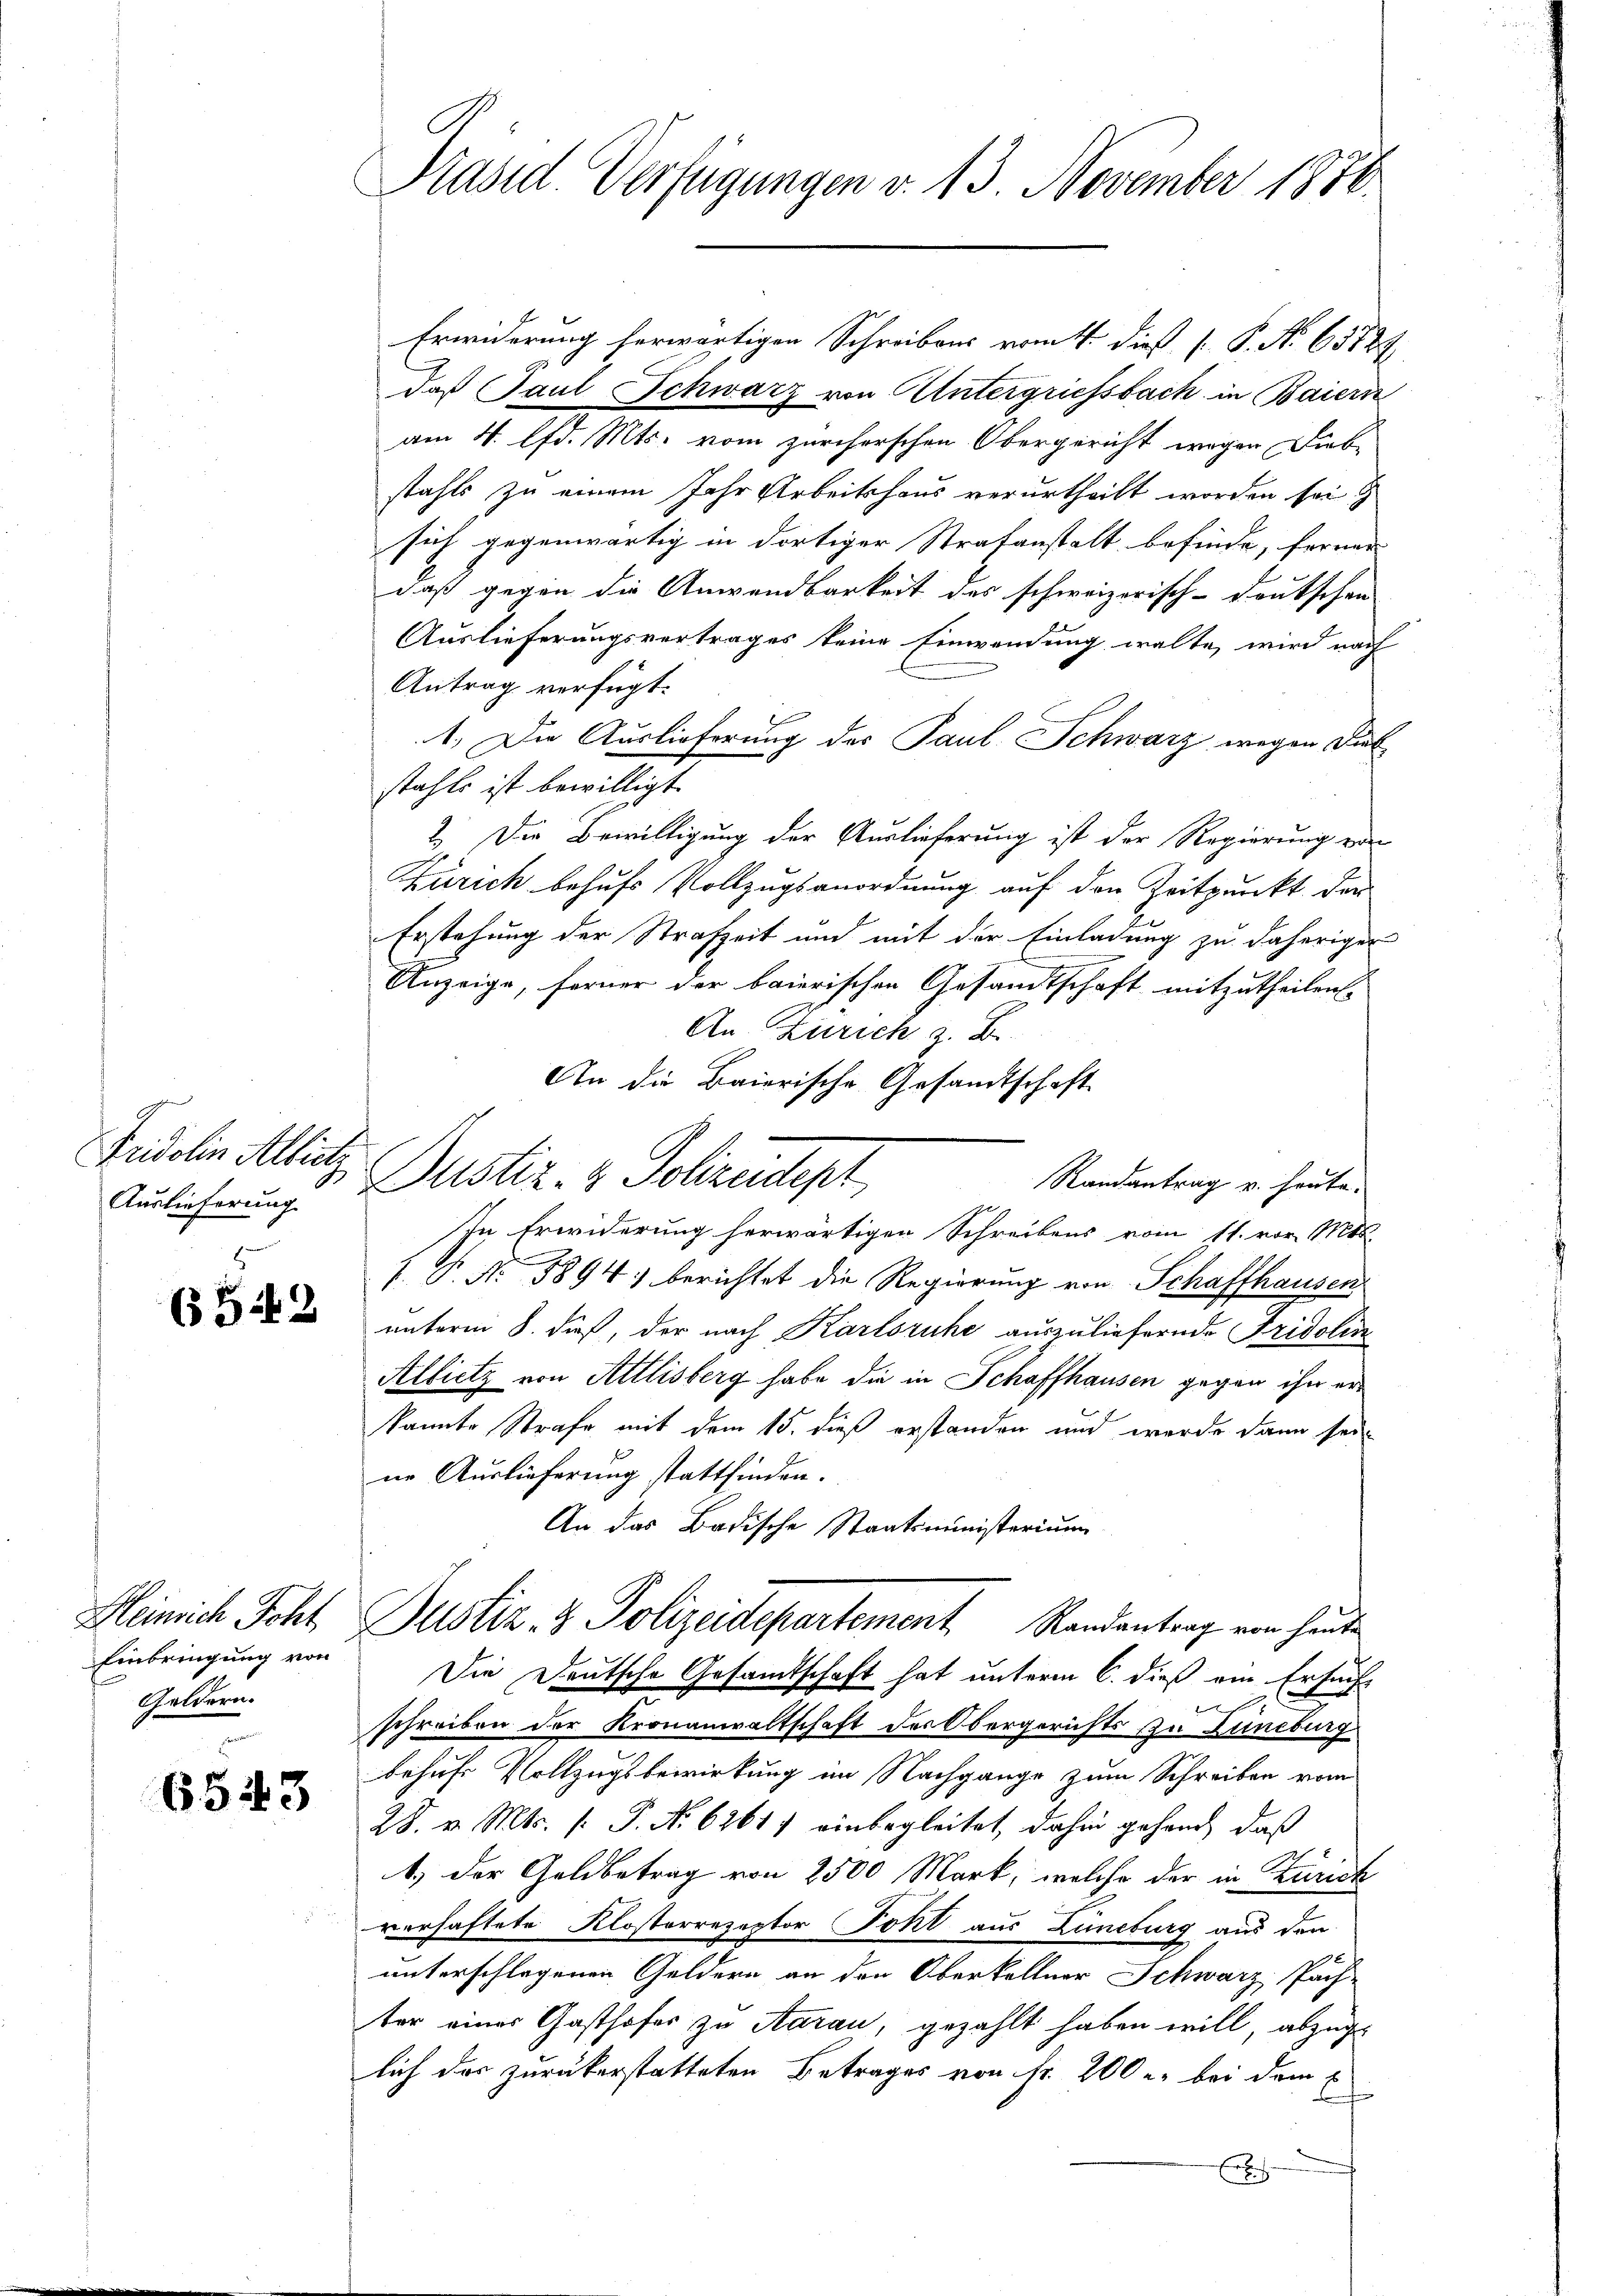
Sucalis Art.
Auslieferung

(52

Einbringung von
Geldern.
e

6543

Präsid. Verfügungen v. 13. November 1850.

Erwiderung herwärtigen Schreibens vom 4. dieß P. No 63729.
daß Paul Schwarz von Untergriessbach in Baiern
am 4. lfd. Mts. vom zürcherschen Obergericht wegen Dieb-
stahls zu einem Jahr Arbeitshaus verurtheilt worden sei
sich gegenwärtig in dortiger Strafanstalt befinde, ferner
daß gegen die Anwendbarkeit des schweizerisch-deutschen-
Auslieferungsvertrages keine Einwendung walte, wird nach
Antrag verfügt:
1.) Die Auslieferung des Paul Schwarz wegen Diet
stahle ist bewilligt.
2. Die Bewilligung der Auslieferung ist der Regierung von
Zürich behufs Vollzugsanordnung auf den Zeitpunkt den
Erstehung der Strafzeit und mit der Einladung zu daherigen
Anzeige, ferner der baierischen Gesandtschaft mitzutheilen.
An Zürich z. B.
An die Baierische Gesandtschaft
Randantrag v. heute.
In Erwiderung herwärtigen Schreibens vom 11. vor. Mts.
f. P. Nr. 5894. berichtet die Regierung von Schaffhausen
unterm 8. dieß, der nach Karlsruhe auszuliefernde Fridolin
Albietz von Attlisberg habe die in Schaffhausen gegen ihr erkannte Strafe mit dem 15. dieß erstanden und werde dann sei-
ne Auslieferung stattfinden.
An das Badische Staatsministerium
Heinrich Scht, Justiz- & Polizeidepartement Randantrag von heute
Die Deutsche Gesandtschaft hat unterm 6. dieß ein Ersucht
schreiben der Kronanwaltschaft der Obergerichts zu Zuneburg
behufe Vollzugsbewirkung im Nachgange zum Schreiben vom
28. v. Mts. (: P. No 6261) einbegleitet, dahin gehand, daß
1.) Der Geldbetrag von 2500 Mark, welche der in Zürich
verhaftete Klosterrezeptor Pohl aus Lüneburg aus den
unterschlagenen Geldern an den Oberkellner Schwarz, Pach-
ter einer Gasthofes zu Aarau, gezahlt haben will, abzugelich das zurückerstatteten Betrages von fr. 200 r. bei dem E
x

Dustiz- & Polizeidert